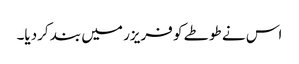
اس نے طوطے کو فریزر میں بند کردیا۔